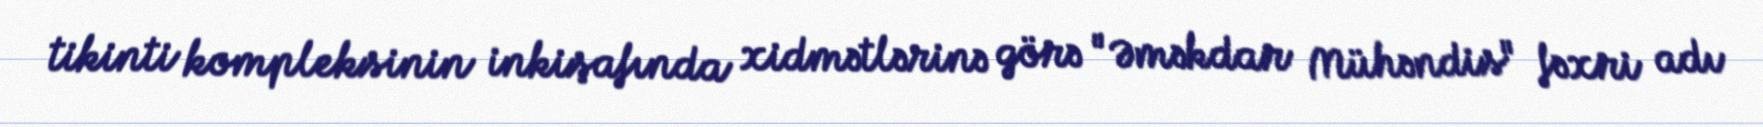
tikinti kompleksinin inkişafında xidmətlərinə görə "Əməkdar Mühəndis" fəxri adı